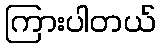
ကြားပါတယ်